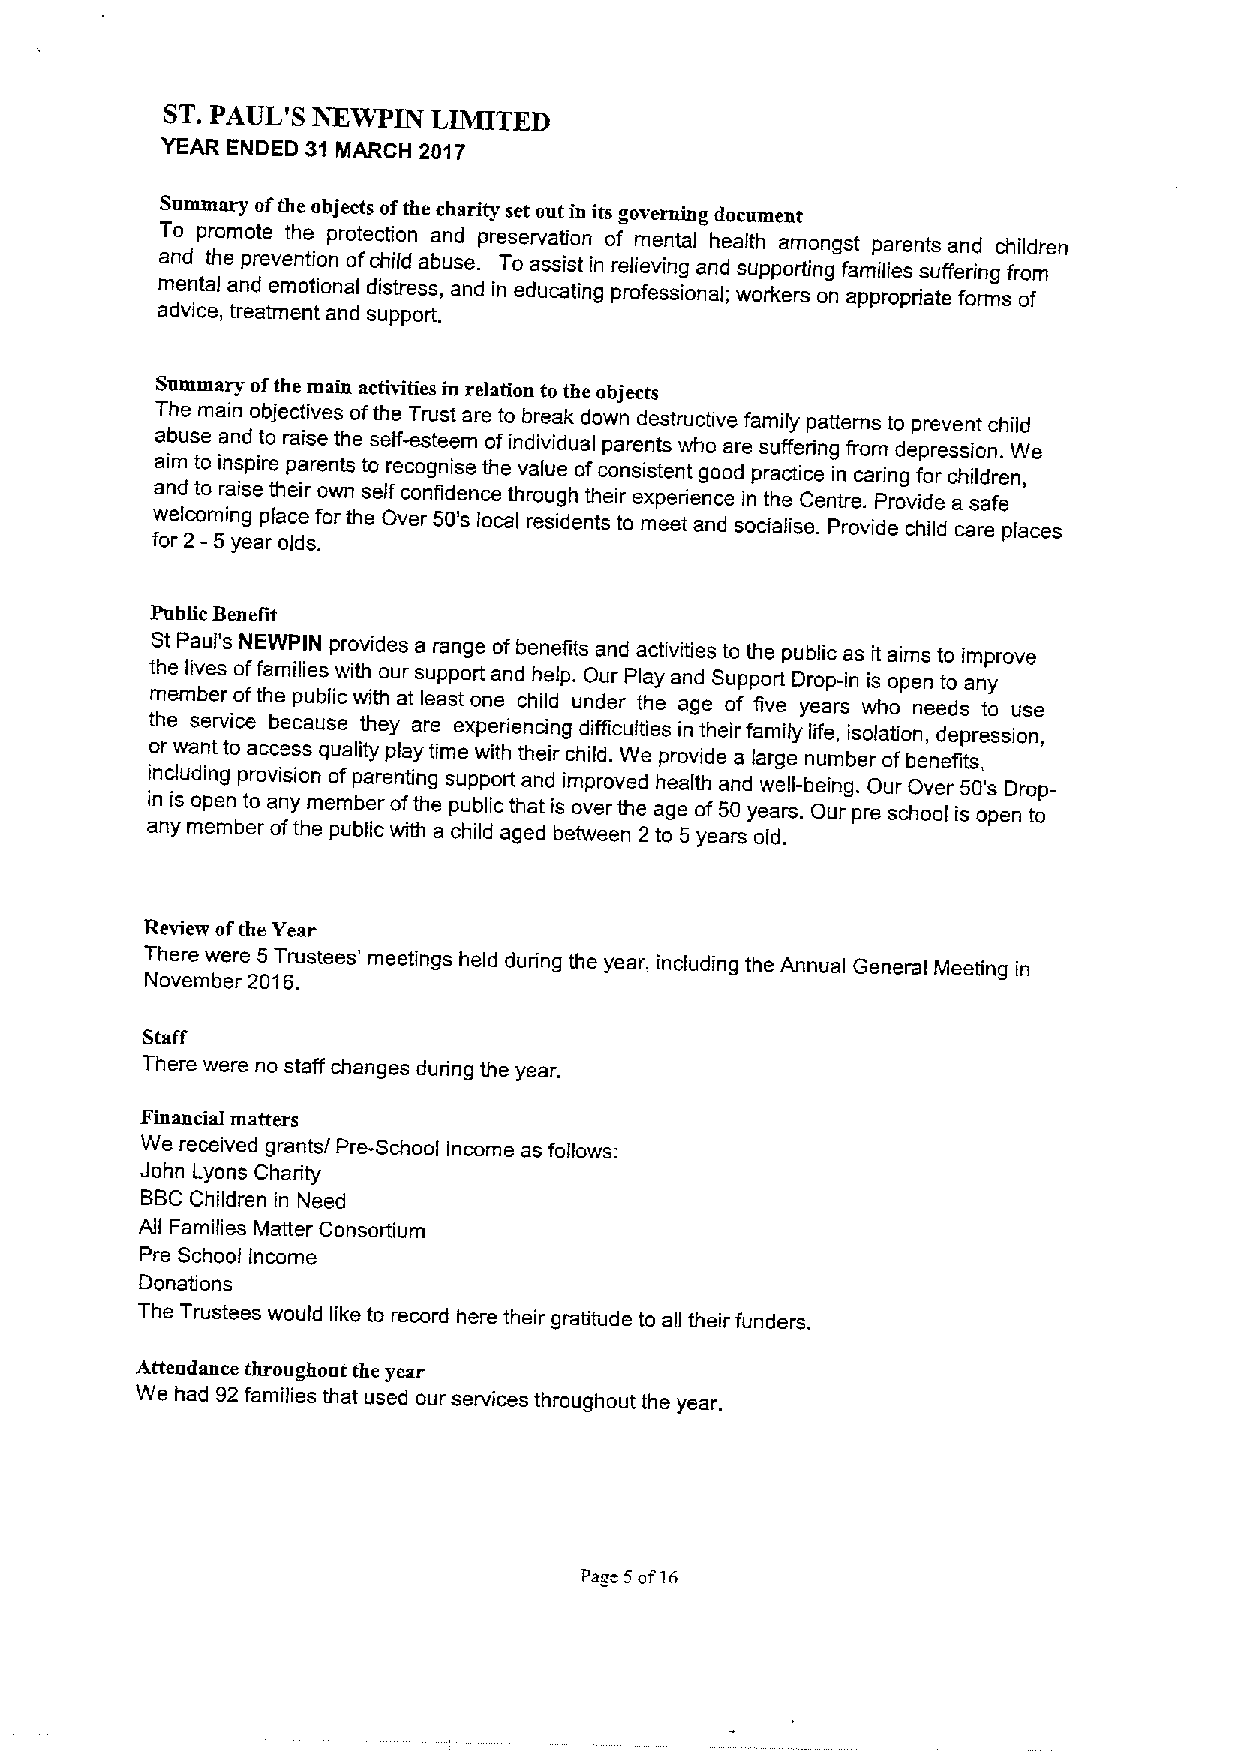
ST.PAUL'S NEWPIN  LIMITED
 YEAR ENDED 31 MARCH 2017
 Summary ofthe objects ofthe charity set out in its governing document
 To promote the protection and preservation of mental health amongst parents and children
 and the prevention ofchild abuse. To assist in relieving and supporting families suffering from
 mental and emotional distress, and in educating professional; workers on appropriate forms of
 advice, treatment and support.
 Summary ofthe tuain activities in relation to the objects
 The main objectives ofthe Trust are to break down destructive family patterns to prevent child
 abuse and to raise the self-esteem ofindividual parents who are suffering from depression. We
 aim to inspire parents to recognise the value ofconsistent good practice in caring for children,
 and to raise their own self confidence through their experience in the Centre. Provide a safe
 fw oe rlc 2om -5ing yeap rla oc lde s.forthe Over 50's local residents to meet and socialise. Provide child care places
 Public Benefit
 St Paul's NEWP IN provides a range ofbenefits and activities to the public as it aims to improve
 the lives offamilies with our support and help. Our Play and Support Drop-in is open to any
 member ofthe public with at least one child under the age of five years who needs to use
 the service because they are experiencing difficulties in their family life, isolation, depression,
 or want to access quality play time with their child. We provide a large number ofbenefits,
 induding provision ofparenting support and improved health and well-being. Our Over 50's Drop-
 in is open to any member ofthe public that is over the age of50 years. Our pre school is open to
 any member ofthe public with a child aged between 2 to 5 years old.
 Review ofthe Year
 T Nh oe vr ee mbw ee rre 25 01T 6ru .stees' meetings held during the year, including the Annual General Meeting in
 Staff
 There were no staff changes during the year.
 Financial matters
 We received grants/ Pre-School Income as follows:
 John Lyons Charity
 BBCChildren in Need
 All Families Matter Consortium
 Pre School income
 Donations
 The Trustees would like to record here their gratitude to all their funders.
 Attendance throughout the year
 We had 92families that used our services throughout the year.
 Page 5of16